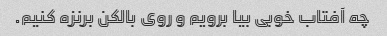
چه آفتاب خوبی بیا برویم و روی بالکن برنزه کنیم.